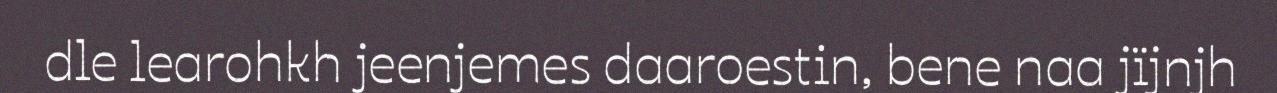
dle learohkh jeenjemes daaroestin, bene naa jïjnjh